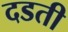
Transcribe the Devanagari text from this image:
दडती